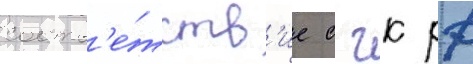
соотв'е́тств'ие с гк рф